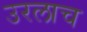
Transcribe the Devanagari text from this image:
उरलाच